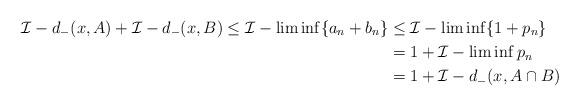
LaTeX: \begin{align*} \mathcal{I}-d_-(x,A)+\mathcal{I}-d_-(x,B) \leq \mathcal{I}-\liminf \{a_n+b_n\} & \leq \mathcal{I}-\liminf \{1+p_n\}\\ & = 1+ \mathcal{I}-\liminf p_n \\ & = 1+\mathcal{I}-d_-(x,A \cap B)\end{align*}